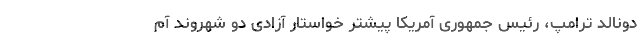
دونالد ترامپ، رئیس جمهوری آمریکا پیشتر خواستار آزادی دو شهروند آم